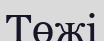
Төжі